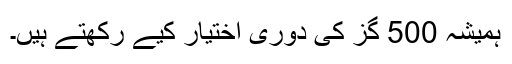
ہمیشہ 500 گز کی دوری اختیار کیے رکھتے ہیں۔